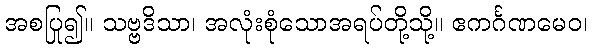
အစပြု၍။ သဗ္ဗဒိသာ၊ အလုံးစုံသောအရပ်တို့သို့။ ဧကင်္ဂဏမေဝ၊